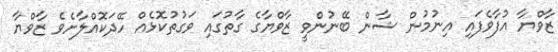
ޒާވްޔާ އުފާވެފައި އިނުމުން ޝާން ބޭނުންވީ ޒާވްޔާގެ ގާތުގައި ވަގުތުކޮޅެއް ހޭދަކޮއްލާށެވެ ޒާވްޔާ